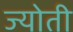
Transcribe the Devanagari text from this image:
ज्‍योती